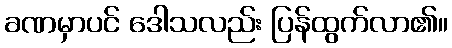
ခဏမှာပင် ဒေါသလည်း ပြန်ထွက်လာ၏။